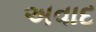
અવાદ